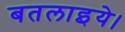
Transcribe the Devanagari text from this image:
बतलाइये।